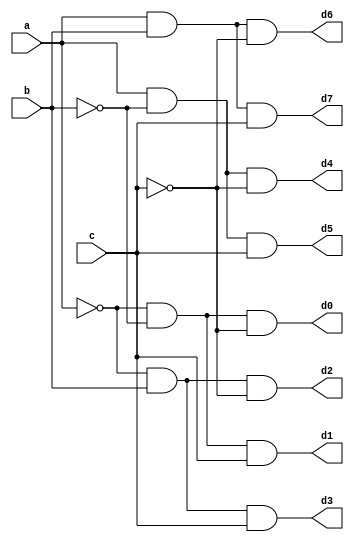
/////////////////////Data flow level////////////////////


module decoder_3x8(a,b,c,d0,d1,d2,d3,d4,d5,d6,d7);
input a,b,c;
output d0,d1,d2,d3,d4,d5,d6,d7;
assign d0=(~a&~b&~c),
d1=(~a&~b&c),
d2=(~a&b&~c),
d3=(~a&b&c),
d4=(a&~b&~c),
d5=(a&~b&c),
d6=(a&b&~c),
d7=(a&b&c);
endmodule